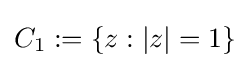
C_{1}:=\{z:|z|=1\}